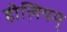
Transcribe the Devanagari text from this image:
हीलियम्